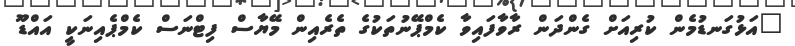
"އަޅުގަނޑުމެން ކުރިއަށް ގެންދަން ރާވާފައިވާ ކެމްޕޭނުތަކުގެ ތެރެއިން މޭޔާސް ފިޓްނަސް ކެމްޕެއިނަކީ އައްޑޫ